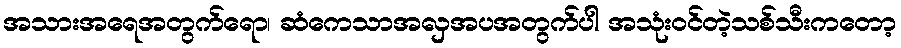
အသားအရေအတွက်ရော၊ ဆံကေသာအလှအပအတွက်ပါ အသုံးဝင်တဲ့သစ်သီးကတော့